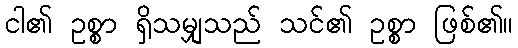
ငါ၏ ဥစ္စာ ရှိသမျှသည် သင်၏ ဥစ္စာ ဖြစ်၏။